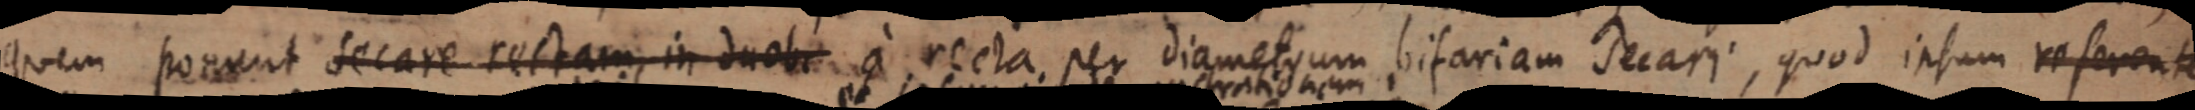
quem ponant secare rectam, in duob a recta, per diametrum bifariam decari, quod insum referent